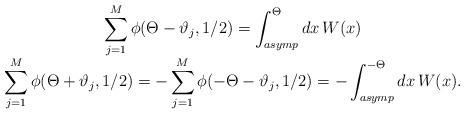
LaTeX: \begin{align*}\begin{array}{c}\displaystyle \displaystyle\sum ^{M}_{j=1}\phi (\Theta -\vartheta _{j},1/2)=\displaystyle\int _{asymp}^{\Theta }dx\, W(x)\\\displaystyle\sum ^{M}_{j=1}\phi (\Theta +\vartheta _{j},1/2)=-\displaystyle\sum ^{M}_{j=1}\phi (-\Theta -\vartheta _{j},1/2)=-\displaystyle\int _{asymp}^{-\Theta }dx\, W(x).\end{array}\end{align*}